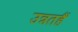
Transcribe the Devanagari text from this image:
उन्नतहैं